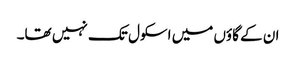
ان کے گاؤں میں اسکول تک نہیں تھا۔